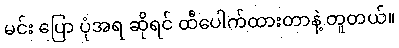
မင်း ပြော ပုံအရ ဆိုရင် ထီပေါက်ထားတာနဲ့ တူတယ်။